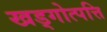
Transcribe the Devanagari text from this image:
खड्गोत्पत्ति